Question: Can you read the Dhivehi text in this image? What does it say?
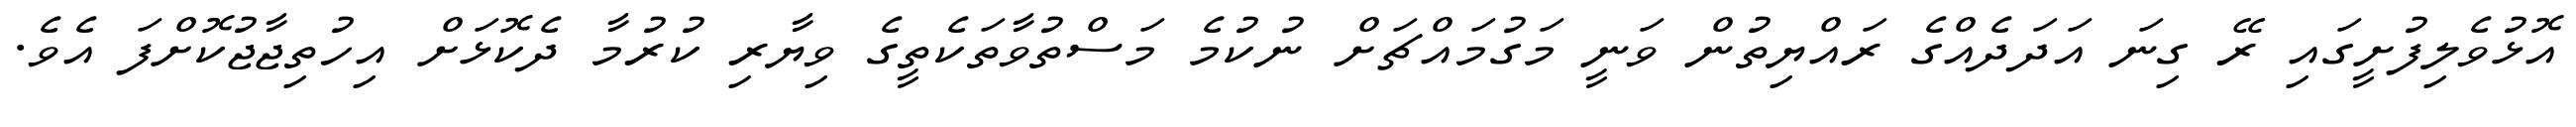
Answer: އޮޅުވެލިފުށީގައި ރޭ ގިނަ އަދަދެއްގެ ރައްޔިތުން ވަނީ މަގުމައްޗަށް ނުކުމެ މަސްތުވާތަކެތީގެ ވިޔާރި ކުރުމާ ދެކޮޅަށް އިހުތިޖާޖުކޮށްފަ އެވެ.